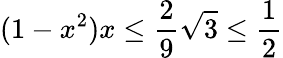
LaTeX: (1-x^{2})x\leq\frac{2}{9}\sqrt{3}\leq\frac{1}{2}